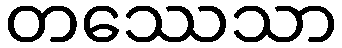
တဿေသာ